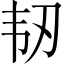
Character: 韧